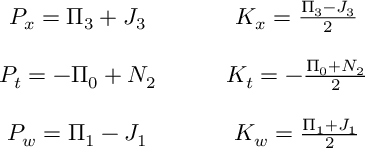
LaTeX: \begin{array} { c c } { { P _ { x } = \Pi _ { 3 } + J _ { 3 } \qquad } } & { { K _ { x } = \frac { \Pi _ { 3 } - J _ { 3 } } { 2 } } } \\ { { \null } } & { { \null } } \\ { { P _ { t } = - \Pi _ { 0 } + N _ { 2 } \qquad } } & { { K _ { t } = - \frac { \Pi _ { 0 } + N _ { 2 } } { 2 } } } \\ { { \null } } & { { \null } } \\ { { P _ { w } = \Pi _ { 1 } - J _ { 1 } \qquad } } & { { K _ { w } = \frac { \Pi _ { 1 } + J _ { 1 } } { 2 } } } \end{array}